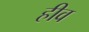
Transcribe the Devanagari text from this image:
हीव